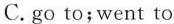
C. go to; went to